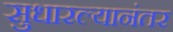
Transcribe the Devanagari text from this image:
सुधारल्यानंतर